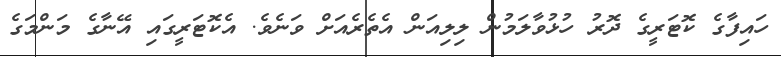
ހައިފާގެ ކޮޓަރީގެ ދޮރު ހުޅުވާލަމުން ލިލިއަން އެތެރެއަށް ވަނެވެ. އެކޮޓަރީގައި އޭނާގެ މަންމަގެ